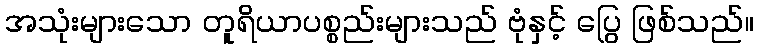
အသုံးများသော တူရိယာပစ္စည်းများသည် ဗုံနှင့် ပြွေ ဖြစ်သည်။